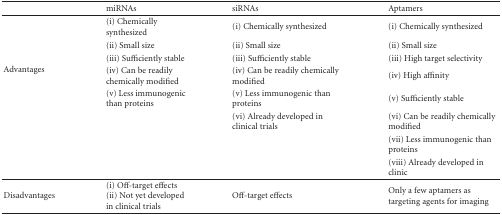
|  | miRNAs | siRNAs | Aptamers |
 | --- | --- | --- | --- |
 | <ROWSPAN=8> Advantages | (i) Chemically synthesized | (i) Chemically synthesized | (i) Chemically synthesized |
 | (ii) Small size | (ii) Small size | (ii) Small size |
 | (iii) Sufficiently stable | (iii) Sufficiently stable | (iii) High target selectivity |
 | (iv) Can be readily chemically modified | (iv) Can be readily chemically modified | (iv) High affinity |
 | (v) Less immunogenic than proteins | (v) Less immunogenic than proteins | (v) Sufficiently stable |
 |  | (vi) Already developed in clinical trials | (vi) Can be readily chemically modified |
 |  |  | (vii) Less immunogenic than proteins |
 |  |  | (viii) Already developed in clinic |
 | Disadvantages | (i) Off-target effects(ii) Not yet developed in clinical trials | Off-target effects | Only a few aptamers as targeting agents for imaging |